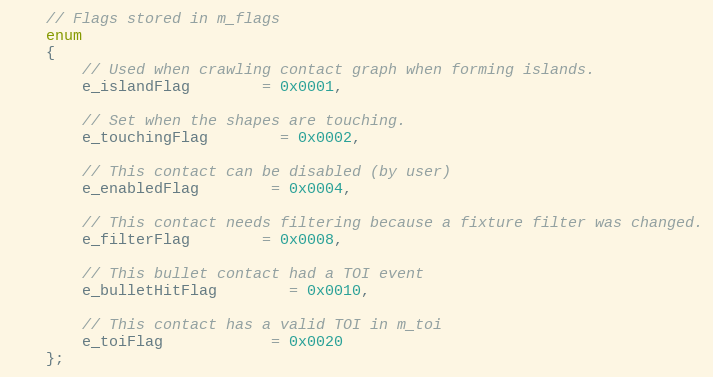
Language: C
	// Flags stored in m_flags
	enum
	{
		// Used when crawling contact graph when forming islands.
		e_islandFlag		= 0x0001,

        // Set when the shapes are touching.
		e_touchingFlag		= 0x0002,

		// This contact can be disabled (by user)
		e_enabledFlag		= 0x0004,

		// This contact needs filtering because a fixture filter was changed.
		e_filterFlag		= 0x0008,

		// This bullet contact had a TOI event
		e_bulletHitFlag		= 0x0010,

		// This contact has a valid TOI in m_toi
		e_toiFlag			= 0x0020
	};